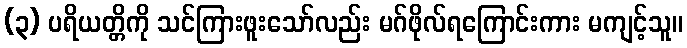
(၃) ပရိယတ္တိကို သင်ကြားဖူးသော်လည်း မဂ်ဖိုလ်ရကြောင်းကား မကျင့်သူ။